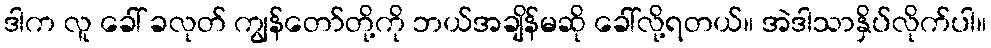
ဒါက လူ ခေါ် ခလုတ် ကျွန်တော်တို့ကို ဘယ်အချိန်မဆို ခေါ်လို့ရတယ်။ အဲဒါသာနှိပ်လိုက်ပါ။